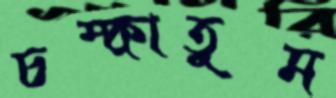
চম্‌কাতুম